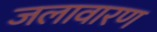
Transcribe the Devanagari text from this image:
जलावारण